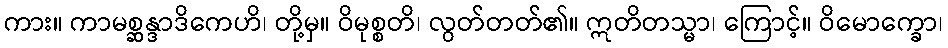
ကား။ ကာမစ္ဆန္ဒာဒိကေဟိ၊ တို့မှ။ ဝိမုစ္စတိ၊ လွတ်တတ်၏။ ဣတိတသ္မာ၊ ကြောင့်။ ဝိမောက္ခော၊